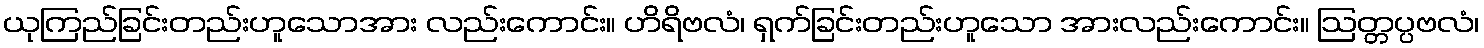
ယုကြည်ခြင်းတည်းဟူသောအား လည်းကောင်း။ ဟိရိဗလံ၊ ရှက်ခြင်းတည်းဟူသော အားလည်းကောင်း။ ဩတ္တပ္ပဗလံ၊